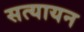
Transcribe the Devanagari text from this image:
सत्यायन